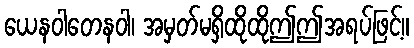
ယေနဝါတေနဝါ၊ အမှတ်မရှိထိုထိုဤဤအရပ်ဖြင့်။